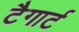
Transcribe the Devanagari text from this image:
टैगार्ट